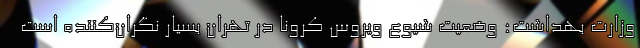
وزارت بهداشت: وضعیت شیوع ویروس کرونا در تهران بسیار نگران‌کننده است